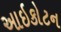
આઇકોટન